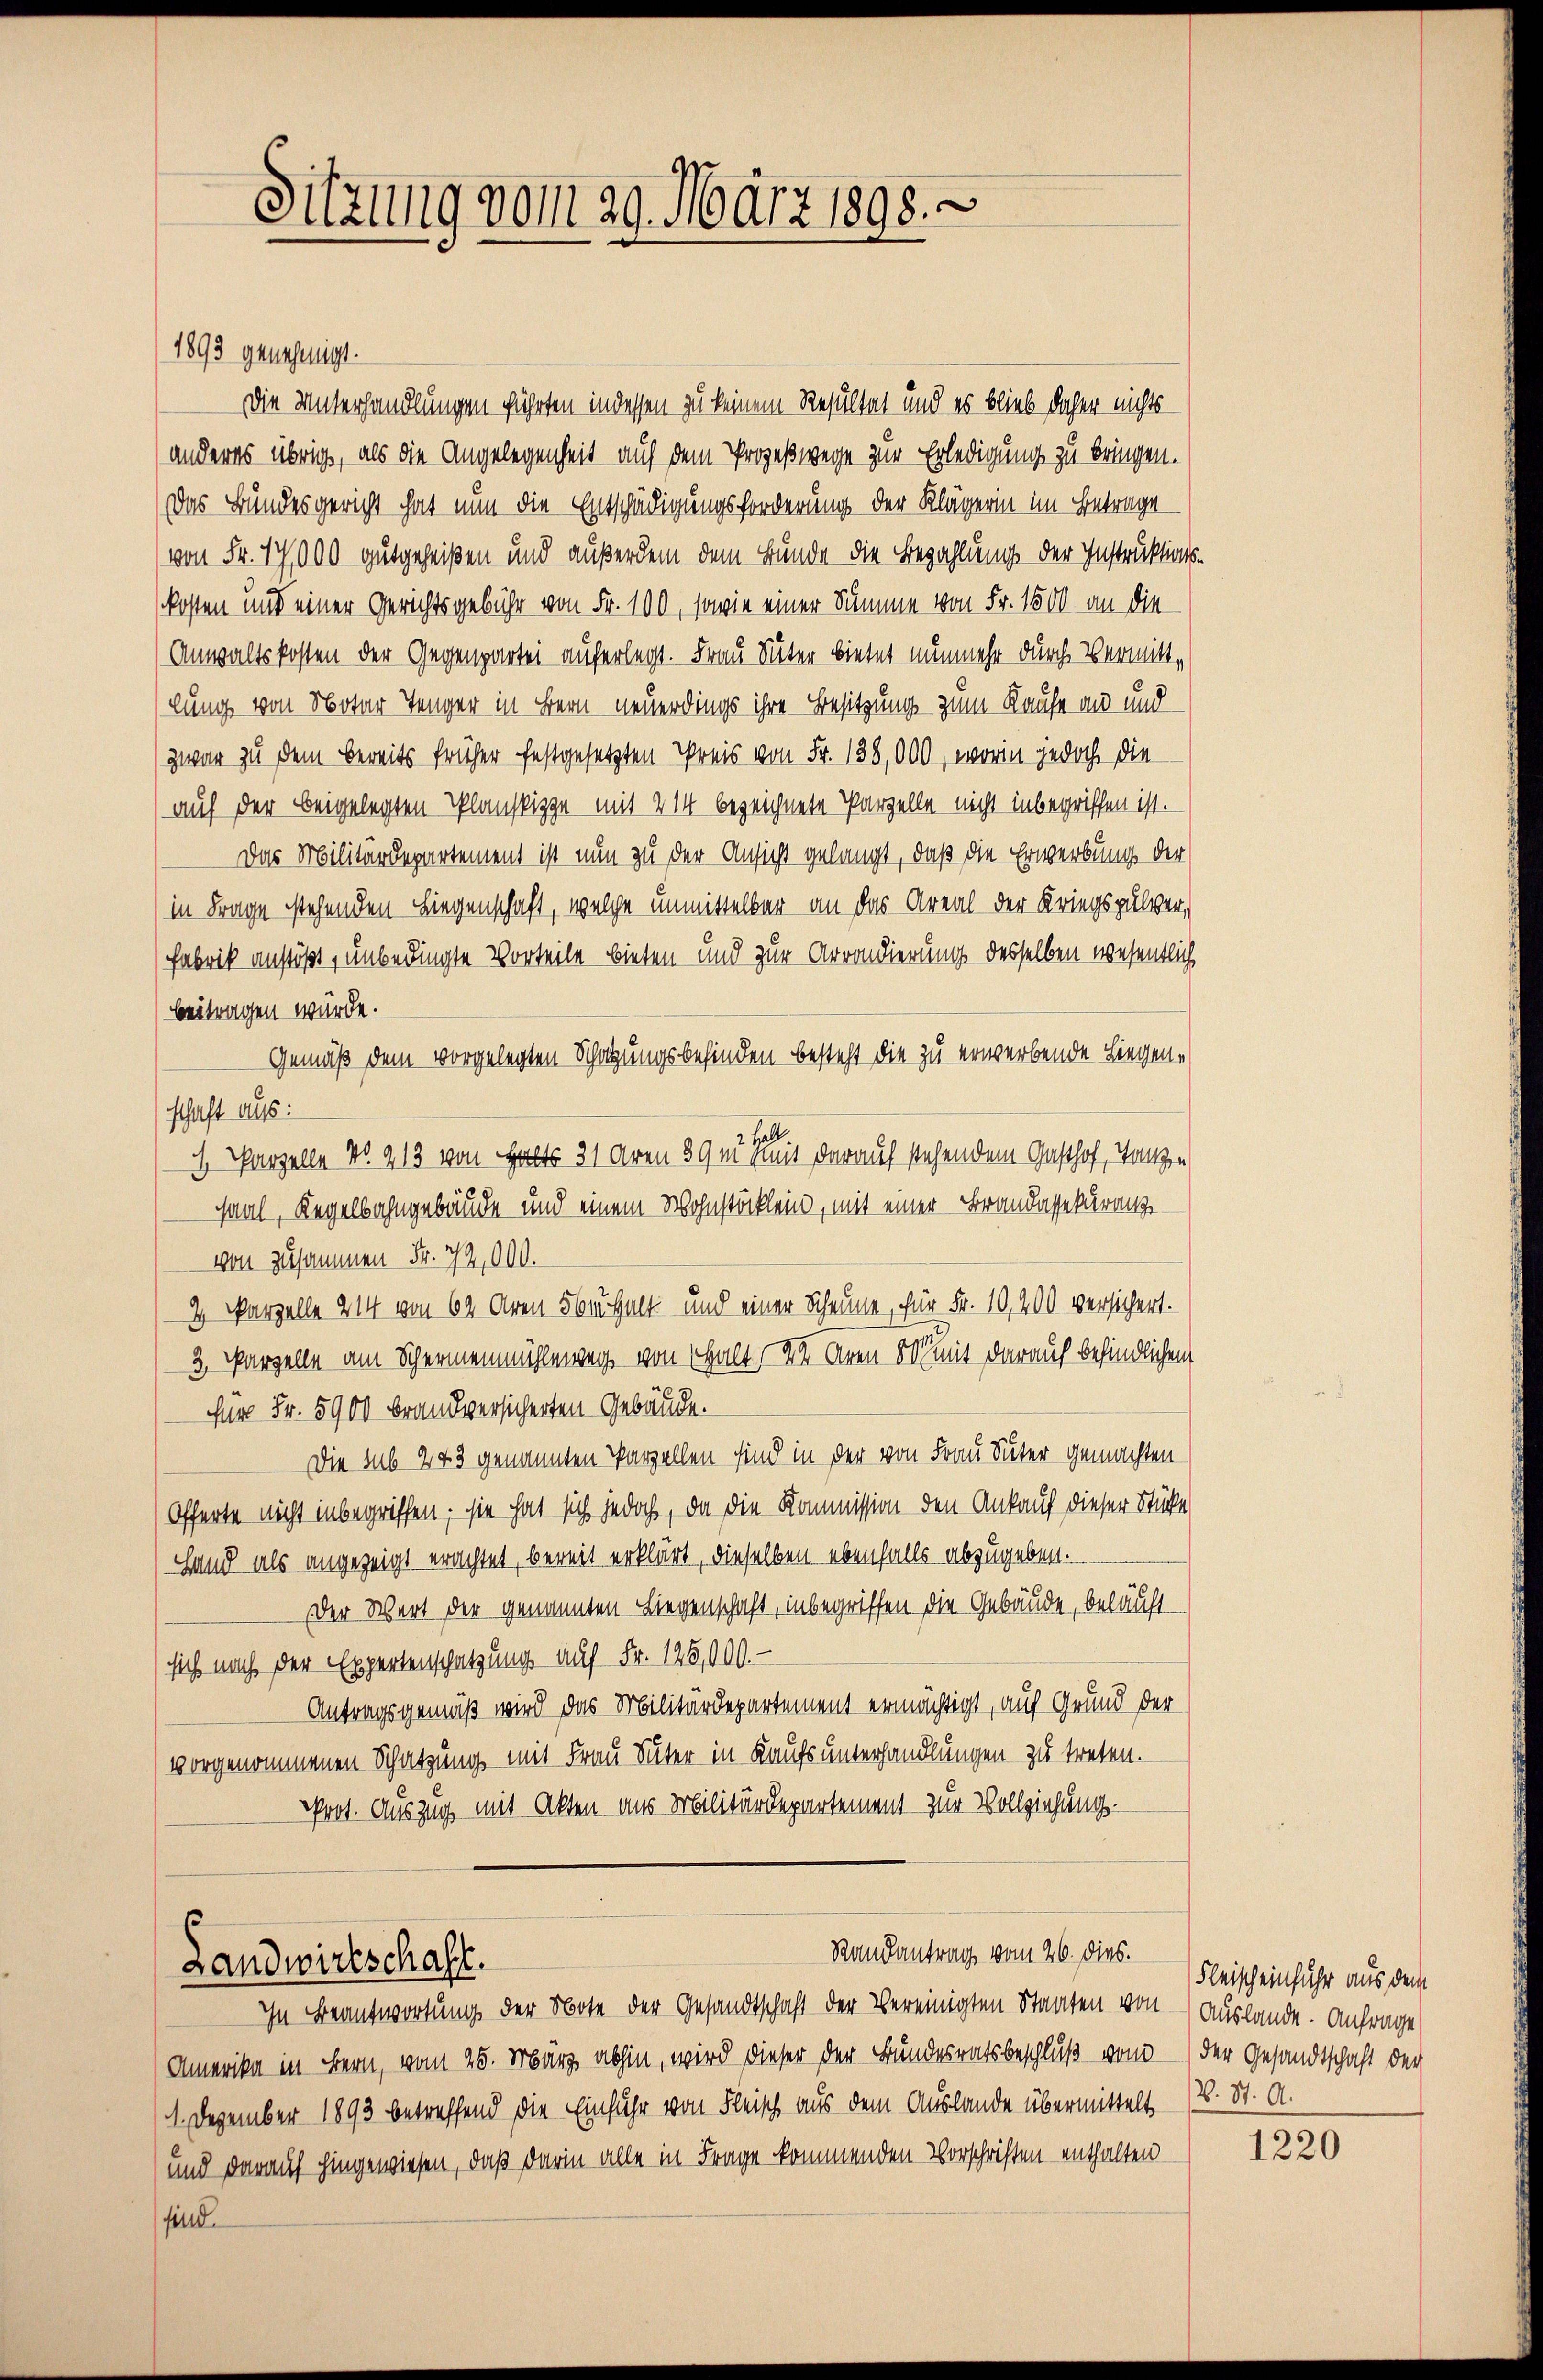
Sitzung vom 29. März 1898.

1893 geuejenigt.
Die Unterhandlungen führten indessen zu keinem Resultat und es blieb daher nichts
(anderes übrig, als die Angelegenheit auf dem Prozeßwege zur Erledigung zu bringen.
Das Bundesgericht hat nun die Entschädigungsforderung der Klägerin im Betrage
von Fr. 17,000 gutgeheißen und außerdem dem Bunde die Bezahlung der Instruktions-
kosten und einer Gerichtsgebühr von Fr. 100, sowie einer Summe von Fr. 1500 an die
Anwaltskosten der Gegenpartei auferlegt. Frau Suter bietet nunmehr durch Vermittlung von Notar Tenger in Bern neuerdings ihre Besitzung zum Kaufe an und
zwar zu dem bereits früher festgesetzten Preis von Fr. 138,000, worin jedoch die
auf der beigelegten Planskizze mit 21 bezeichnete Parzelle nicht inbegriffen ist.
Das Militärdepartement ist nun zu der Ansicht gelangt, daß die Erwerbung der
(in Frage stehenden Liegenschaft, welche unmittelbar an das Areal der Kriegspulver¬
Fabrik anstößt, unbedingte Vorteile bieten und zur Arrondierung desselben wesentlich
beitragen würde.
Gemäß dem vorgelegten Schatzungsbefinden besteht die zu erwerbende Liegenschaft aus:
Hol.
1 Parzelle No. 213 von Halt 31 Aren 39m mit darauf stehendem Gasthof, Tanzen
saal, Regelbahngebäude und einem Wohnstöcklein, mit einer Brandassekuranz
von zusammen Fr. 72,000.
2 Parzelle 214 von 64 Aren 5 behalt und einer Scheune, für Fr. 10,200 versichert.
3. Parzelle am Schermenmühlenweg von Thalt der Aren 800 mit darauf befindlichen
für Fr. 5900 brandversicherten Gebäude.
Die sub 243 genannten Parzellen sind in der von Frau Suter gemachten
Offerte nicht inbegriffen, sie hat sich jedoch, da die Kommission den Ankauf dieser Stücke
Hand als angezeigt erachtet, bereit erklärt, dieselben ebenfalls abzugeben.
Der Wert der genannten Liegenschaft, inbegriffen die Gebäude, beläuft
sich nach der Expertenschatzung auf Fr. 125,000.-
Antragsgemäß wird das Militärdepartement ermächtigt, auf Grund der
(vorgenommenen Schatzung mit Frau Suter in Kaufs unterhandlungen zu treten.
Prot. Auszug mit Akten aus Militärdepartement zur Vollziehung.

Randantrag vom 26. dies.
Landwirtschaft.

In Beantwortung der Bote der Gesandtschaft der Vereinigten Staaten von Auslande. Anfrage
Amerika in Bern, vom 25. März abhin, wird dieser der Bundesratsbeschluß von der Gesandtschaft der
1. Dezember 1893 betreffend die Einfuhr von Fleisch aus dem Auslande übermittelt (2. St. A.
und darauf hingewiesen, daß darin alle in Frage kommenden Vorschriften enthalten
sind.

Fleischeinfuhr aus dem

1220